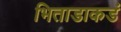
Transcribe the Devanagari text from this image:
भिताडाकडं